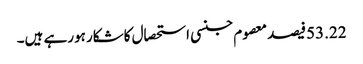
53.22فیصد معصوم جنسی استحصال کاشکار ہورہے ہیں۔